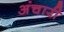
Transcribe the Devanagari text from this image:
अंचारी